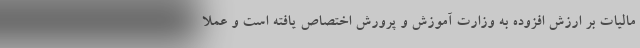
مالیات بر ارزش افزوده به وزارت آموزش و پرورش اختصاص یافته است و عملا